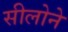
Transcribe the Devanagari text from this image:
सीलोने